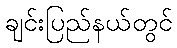
ချင်းပြည်နယ်တွင်